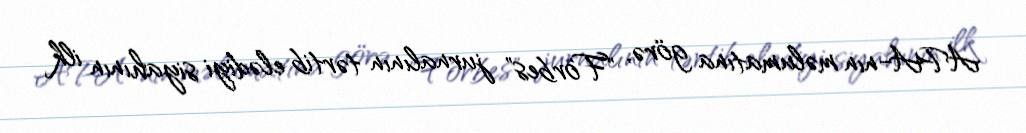
APA-nın məlumatına görə, "Forbes" jurnalının tərtib elədiyi siyahının ilk